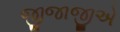
જીજાજીએ